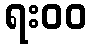
ရး၀၀